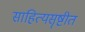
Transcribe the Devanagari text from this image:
साहित्यसॄष्टीत